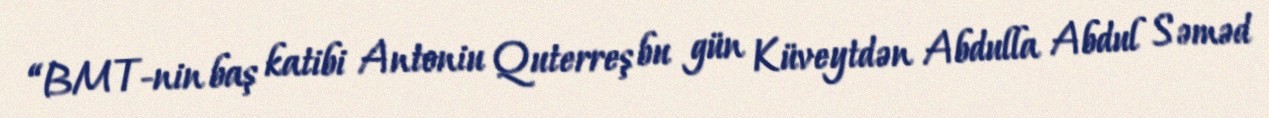
“BMT-nin baş katibi Antoniu Quterreş bu gün Küveytdən Abdulla Abdul Səməd